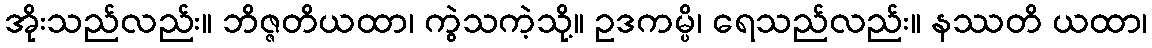
အိုးသည်လည်း။ ဘိဇ္ဇတိယထာ၊ ကွဲသကဲ့သို့။ ဥဒကမ္ပိ၊ ရေသည်လည်း။ နဿတိ ယထာ၊